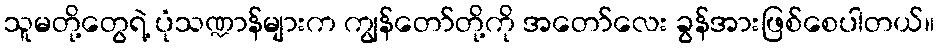
သူမတို့တွေရဲ့ ပုံသဏ္ဍာန်များက ကျွန်တော်တို့ကို အတော်လေး ခွန်အားဖြစ်စေပါတယ်။